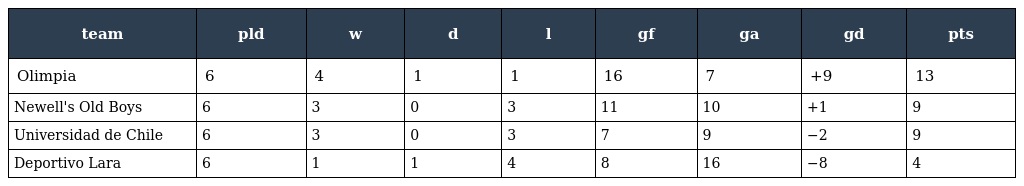
| team | pld | w | d | l | gf | ga | gd | pts |
 | --- | --- | --- | --- | --- | --- | --- | --- | --- |
 | Olimpia | 6 | 4 | 1 | 1 | 16 | 7 | +9 | 13 |
 | Newell's Old Boys | 6 | 3 | 0 | 3 | 11 | 10 | +1 | 9 |
 | Universidad de Chile | 6 | 3 | 0 | 3 | 7 | 9 | −2 | 9 |
 | Deportivo Lara | 6 | 1 | 1 | 4 | 8 | 16 | −8 | 4 |